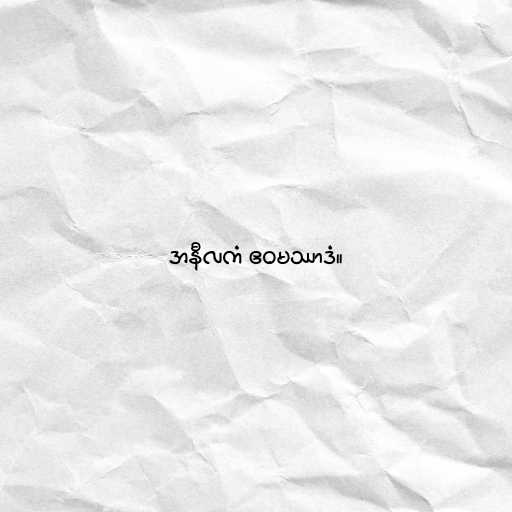
အနီလကံ ဧဝမဿာဒံ။